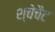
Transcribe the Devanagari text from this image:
श्चेचैट